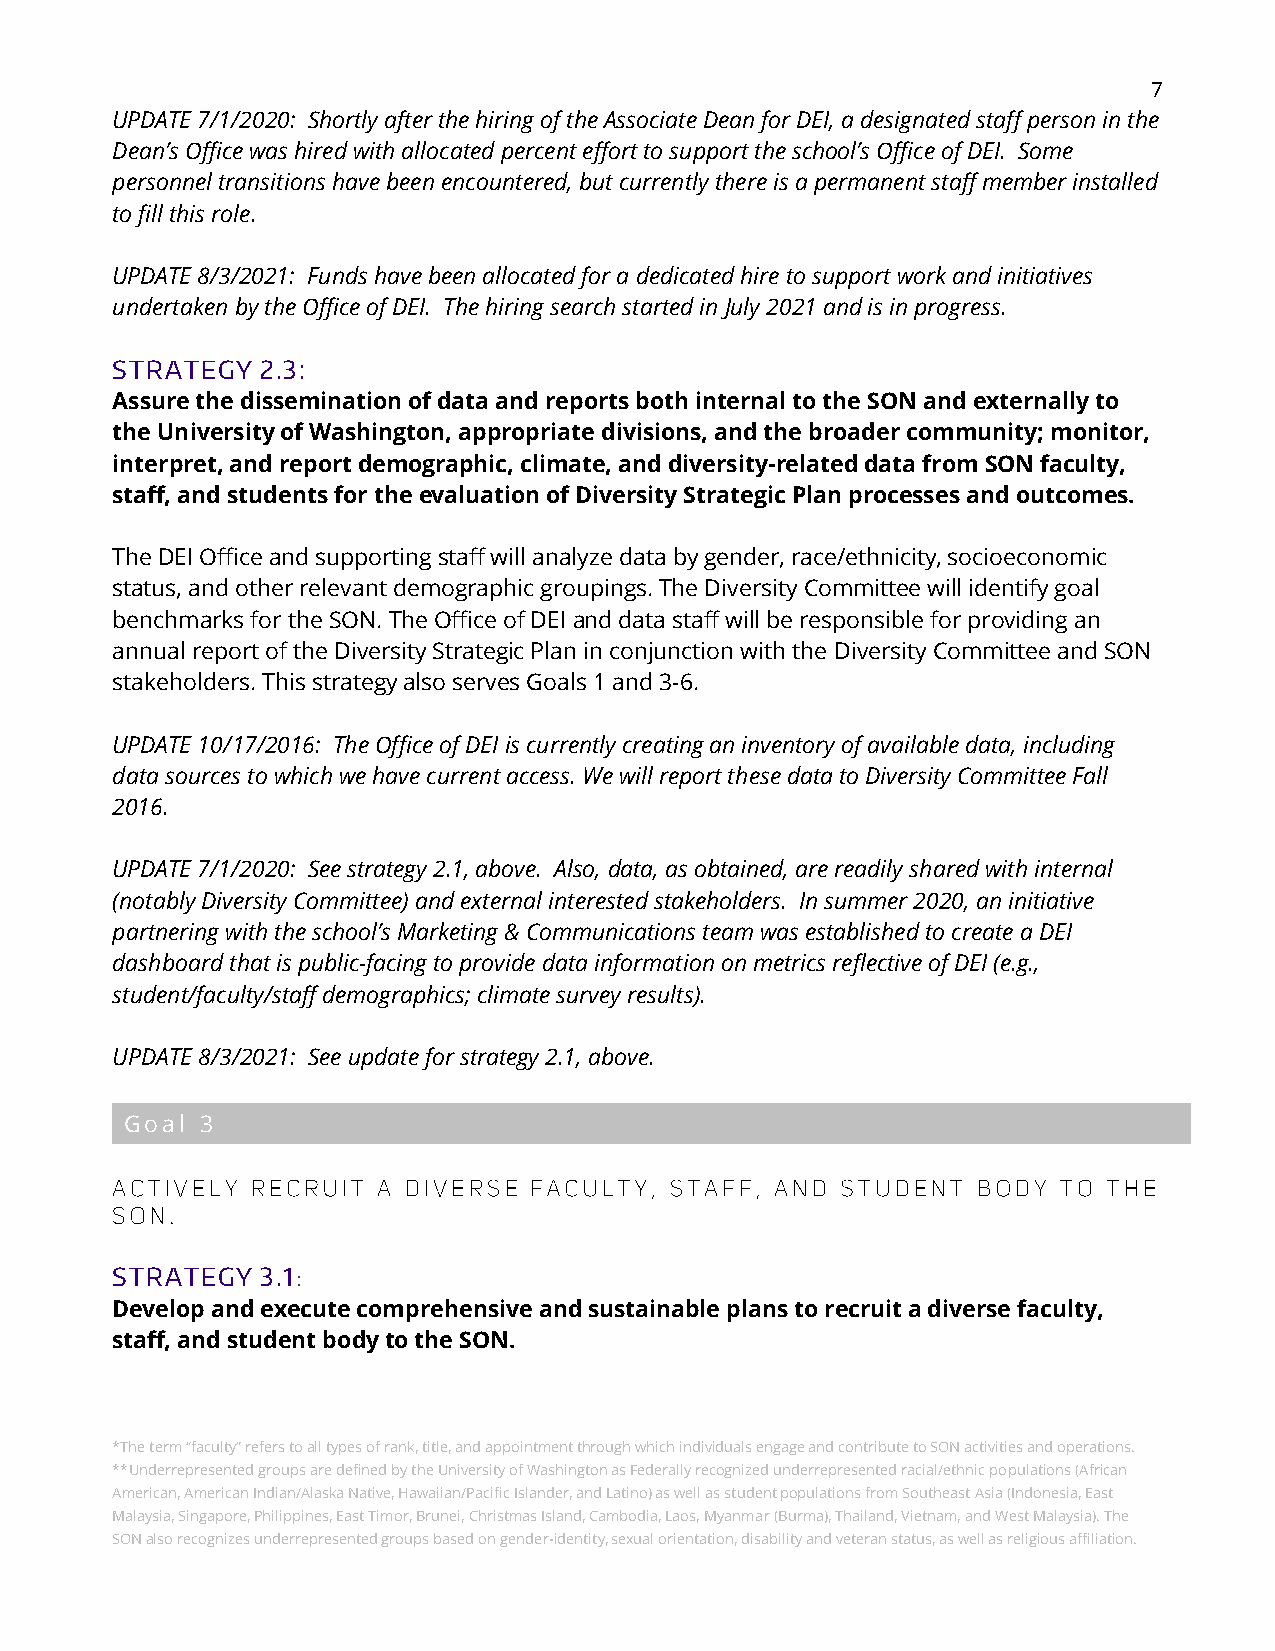
7
 UPDATE 7/1/2020: Shortly after the hiring of the Associate Dean for DEI, a designated staff person in the
 Dean’s Office was hired with allocated percent effort to support the school’s Office of DEI. Some
 personnel transitions have been encountered, but currently there is a permanent staff member installed
 to fill this role.
 UPDATE 8/3/2021: Funds have been allocated for a dedicated hire to support work and initiatives
 undertaken by the Office of DEI. The hiring search started in July 2021 and is in progress.
 STRATEGY  2.3:
 Assure the dissemination of data and reports both internal to the SON and externally to
 the University of Washington, appropriate divisions, and the broader community; monitor,
 interpret, and report demographic, climate, and diversity-related data from SON faculty,
 staff, and students for the evaluation of Diversity Strategic Plan processes and outcomes.
 The DEI Office and supporting staff will analyze data by gender, race/ethnicity, socioeconomic
 status, and other relevant demographic groupings. The Diversity Committee will identify goal
 benchmarks for the SON. The Office of DEI and data staff will be responsible for providing an
 annual report of the Diversity Strategic Plan in conjunction with the Diversity Committee and SON
 stakeholders. This strategy also serves Goals 1 and 3-6.
 UPDATE 10/17/2016: The Office of DEI is currently creating an inventory of available data, including
 data sources to which we have current access. We will report these data to Diversity Committee Fall
 2016.
 UPDATE 7/1/2020: See strategy 2.1, above. Also, data, as obtained, are readily shared with internal
 (notably Diversity Committee) and external interested stakeholders. In summer 2020, an initiative
 partnering with the school’s Marketing & Communications team was established to create a DEI
 dashboard that is public-facing to provide data information on metrics reflective of DEI (e.g.,
 student/faculty/staff demographics; climate survey results).
 UPDATE 8/3/2021: See update for strategy 2.1, above.
 Goal 3
 STRATEGY  3.1:
 Develop and execute comprehensive and sustainable plans to recruit a diverse faculty,
 staff, and student body to the SON.
 *The term “faculty” refers to all types of rank, title, and appointment through which individuals engage and contribute to SON activities and operations.
 **Underrepresented groups are defined by the University of Washington as Federally recognized underrepresented racial/ethnic populations (African
 American, American Indian/Alaska Native, Hawaiian/Pacific Islander, and Latino) as well as student populations from Southeast Asia (Indonesia, East
 Malaysia, Singapore, Philippines, East Timor, Brunei, Christmas Island, Cambodia, Laos, Myanmar (Burma), Thailand, Vietnam, and West Malaysia). The
 SON also recognizes underrepresented groups based on gender-identity, sexual orientation, disability and veteran status, as well as religious affiliation.